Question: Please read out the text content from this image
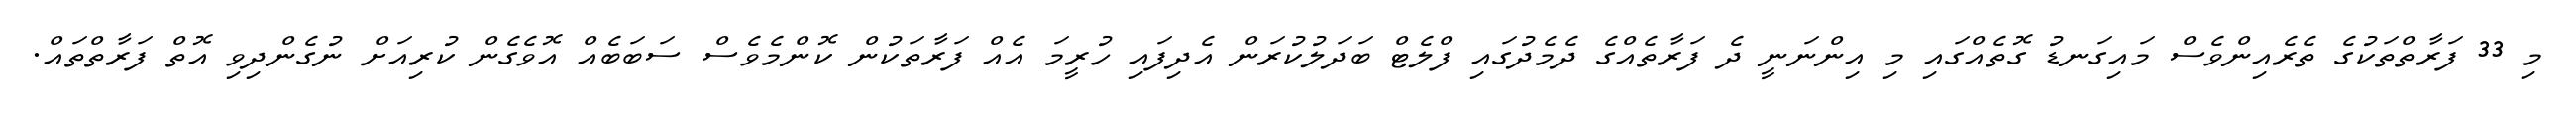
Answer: މި 33 ފަރާތްތަކުގެ ތެރެއިންވެސް މައިގަނޑު ގޮތެއްގައި މި އިންނަނީ ދެ ފަރާތެއްގެ ދެމެދުގައި ފްލެޓް ބަދަލުކުރަން އެދިފައި ހުރީމަ އެއް ފަރާތަކުން ކޮންމެވެސް ސަބަބެއް އޮވެގެން ކުރިއަށް ނުގެންދިވި އޮތް ފަރާތްތައް.